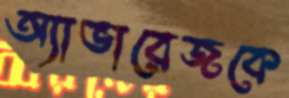
অ্যাভারেজকে